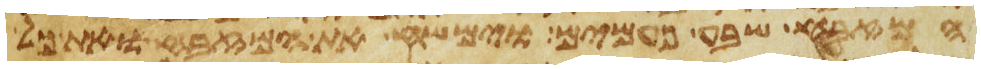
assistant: המזבח שבע פעמים וימשח את המזבח ואת כל